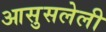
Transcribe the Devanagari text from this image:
आसुसलेली